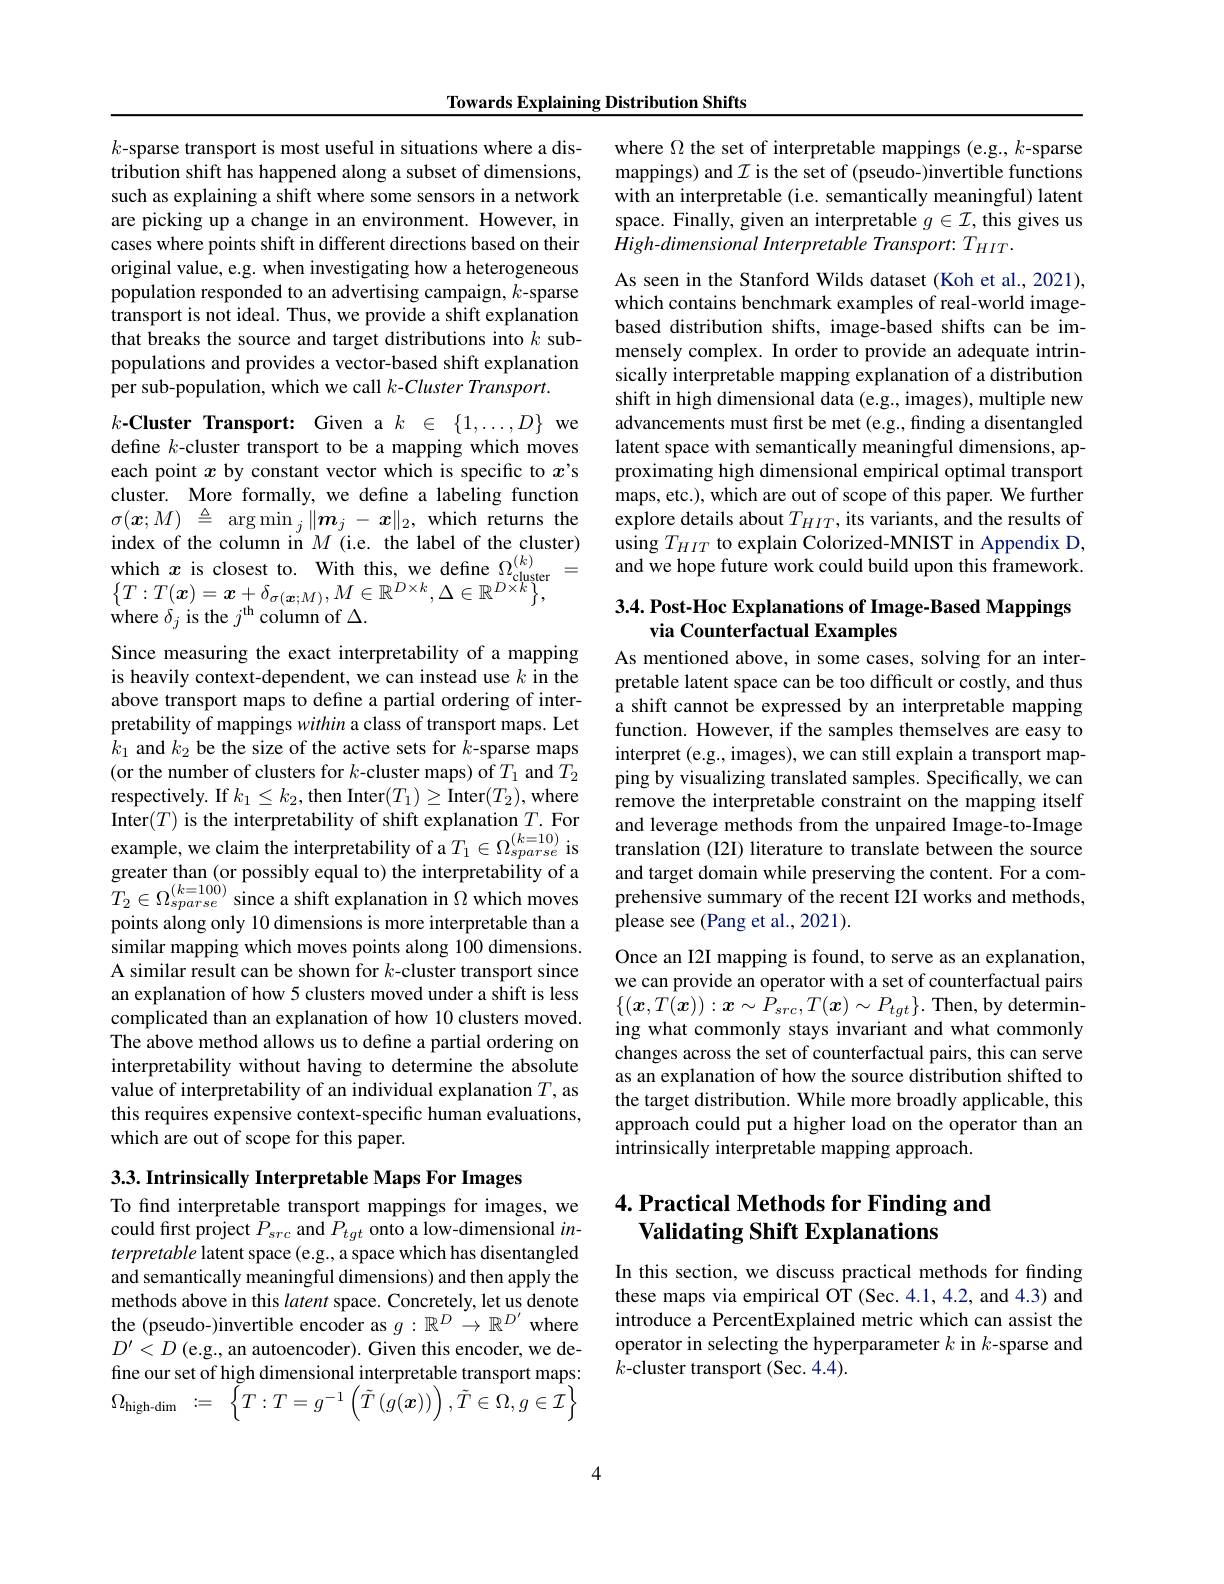
Towards Explaining Distribution Shifts

$k$-sparse transport is most useful in situations where a distribution shift has happened along a subset of dimensions, such as explaining a shift where some sensors in a network are picking up a change in an environment. However, in cases where points shift in different directions based on their original value, e.g. when investigating how a heterogeneous population responded to an advertising campaign, $k$-sparse transport is not ideal. Thus, we provide a shift explanation that breaks the source and target distributions into $k$ subpopulations and provides a vector-based shift explanation per sub-population, which we call $k$-Cluster Transport.

$k\textbf{- Cluster Transport: Given a }k\in \{ 1, \ldots , D\}$ we

define $k$-cluster transport to be a mapping which moves each point $x$ by constant vector which is specific to $x’$s cluster. More formally, we define a labeling function $\sigma ( \boldsymbol{x}; M)$ $\triangleq$ $\arg \min _{j}\| \boldsymbol{m}_{j}$ - $\boldsymbol{x}\| _{2}$,which returns the index of the column in $M$ (i.e. the label of the cluster) which $x$ is closest to. With this, we define $\Omega_\mathrm{cluster}^{(k)}=$ $\left\{T:T(\boldsymbol{x})=\boldsymbol{x}+\delta_{\sigma(\boldsymbol{x};M)},M\in\mathbb{R}^{D\times k},\Delta\in\mathbb{R}^{D\times k}\right\}$,
where $\delta_j$ is the $j^\mathrm{th}$ column of $\Delta.$

Since measuring the exact interpretability of a mapping is heavily context-dependent, we can instead use $k$ in the above transport maps to define a partial ordering of interpretability of mappings within a class of transport maps. Let $k_1$ and $k_2$ be the size of the active sets for $k$-sparse maps (or the number of clusters for $k$-cluster maps) of $T_1$ and $T_2$ respectively. If $k_1\leq k_2$,then Inter$(T_1)\geq$Inter$(T_2)$,where points along only 10 dimensions is more interpretable than a similar mapping which moves points along 100 dimensions. A similar result can be shown for $k$-cluster transport since an explanation of how 5 clusters moved under a shift is less complicated than an explanation of how 10 clusters moved. The above method allows us to define a partial ordering on interpretability without having to determine the absolute value of interpretability of an individual explanation $T$, as this requires expensive context-specific human evaluations, which are out of scope for this paper.

3.3. Intrinsically Interpretable Maps For Images

To find interpretable transport mappings for images, we could first project $P_{src}$ and $P_{tgt}$ onto a low-dimensional $in-$ terpretable latent space(e.g., a space which has disentangled and semantically meaningful dimensions) and then apply the methods above in this latent space. Concretely, let us denote the (pseudo-)invertible encoder as $g:\mathbb{R}^D\to\mathbb{R}^{D^{\prime}}$ where $D^{\prime}<D$ (e.g., an autoencoder). Given this encoder, we define our set of high dimensional interpretable transport maps: $\Omega _{\mathrm{high- dim}}: =$ $\left \{ \tilde{T} : T= g^{- 1}\left ( \tilde{T} \left ( g( \boldsymbol{x}) \right ) \right ) , \tilde{T} \in \hat{\Omega } , g\in \hat{\mathcal{I} } \right \}$

where $\Omega$ the set of interpretable mappings (e.g., $k$-sparse mappings) and $\mathcal{I}$ is the set of (pseudo-)invertible functions with an interpretable (i.e. semantically meaningful) latent space. Finally, given an interpretable $g\in\mathcal{I}$, this gives us High-dimensional Interpretable Transport: THIT.

As seen in the Stanford Wilds dataset (Koh et al., 2021), which contains benchmark examples of real-world imagebased distribution shifts, image-based shifts can be immensely complex. In order to provide an adequate intrinsically interpretable mapping explanation of a distribution shift in high dimensional data (e.g., images), multiple new advancements must frst be met (e.g., finding a disentangled latent space with semantically meaningful dimensions, approximating high dimensional empirical optimal transport maps, etc.), which are out of scope of this paper. We further explore details about $T_{HIT}$, its variants, and the results of using $T_{HIT}$ to explain Colorized-MNIST in Appendix D, and we hope future work could build upon this framework.

# 3.4. Post-Hoc Explanations of Image-Based Mappings via Counterfactual Examples

As mentioned above, in some cases, solving for an interpretable latent space can be too difficult or costly, and thus a shift cannot be expressed by an interpretable mapping function. However, if the samples themselves are easy to interpret (e.g., images), we can still explain a transport mapping by visualizing translated samples. Specifically, we can remove the interpretable constraint on the mapping itself
Inter$(T)$ is the interpretability of shift explanation $T.$ For and leverage methods from the unpaired Image-to-Image example, we claim the interpretability of a $T_1\in\Omega_{sparse}^{(k=10)}$ is translation (2I) literature to translate between the source greater than ( or possibly equal to) the inte
please see (Pang et al., 2021).

Once an I2I mapping is found, to serve as an explanation, we can provide an operator with a set of counterfactual pairs $\{(\boldsymbol{x},T(\boldsymbol{x})):\boldsymbol{x}\sim P_{src},T(\boldsymbol{x})\sim P_{tgt}\}.$ Then, by determining what commonly stays invariant and what commonly changes across the set of counterfactual pairs, this can serve as an explanation of how the source distribution shifted to the target distribution. While more broadly applicable, this approach could put a higher load on the operator than an intrinsically interpretable mapping approach.

# 4. Practical Methods for Finding and Validating Shift Explanations

In this section, we discuss practical methods for finding these maps via empirical OT (Sec. 4.1, 4.2, and 4.3) and introduce a PercentExplained metric which can assist the operator in selecting the hyperparameter $k$ in $k$-sparse and $k$-cluster transport (Sec. 4.4).